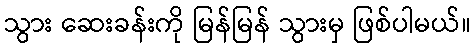
သွား ဆေးခန်းကို မြန်မြန် သွားမှ ဖြစ်ပါမယ်။